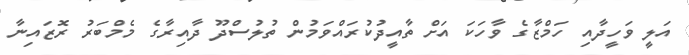
އަލީ ވަހީދާއި ހަމްޒާގެ ވާހަކަ އަށް ތާއީދުކުރައްވަމުން ތުލުސްދޫ ދާއިރާގެ މެމްބަރު ރޮޒައިނާ